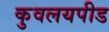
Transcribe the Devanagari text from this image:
कुवलयपीड